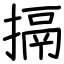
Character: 搹